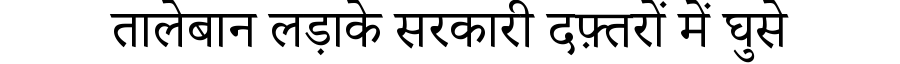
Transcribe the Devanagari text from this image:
तालेबान लड़ाके सरकारी दफ़्तरों में घुसे